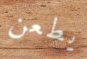
يطعن